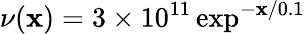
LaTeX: \nu(\mathbf{x})=3\times10^{11}\exp^{-\mathbf{x}/0.1}